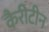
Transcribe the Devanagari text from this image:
कैरीटीन